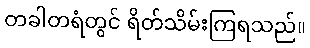
တခါတရံတွင် ရိတ်သိမ်းကြရသည်။